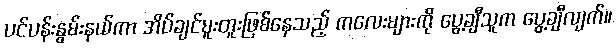
ပင်ပန်းနွမ်းနယ်ကာ အိပ်ချင်မူးတူးဖြစ်နေသည့် ကလေးများကို ပွေ့ချီသူက ပွေ့ချီလျက်။